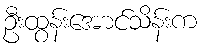
ဦးထွန်းအောင်သိန်းက